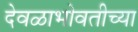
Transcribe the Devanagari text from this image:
देवळाभोवतीच्या